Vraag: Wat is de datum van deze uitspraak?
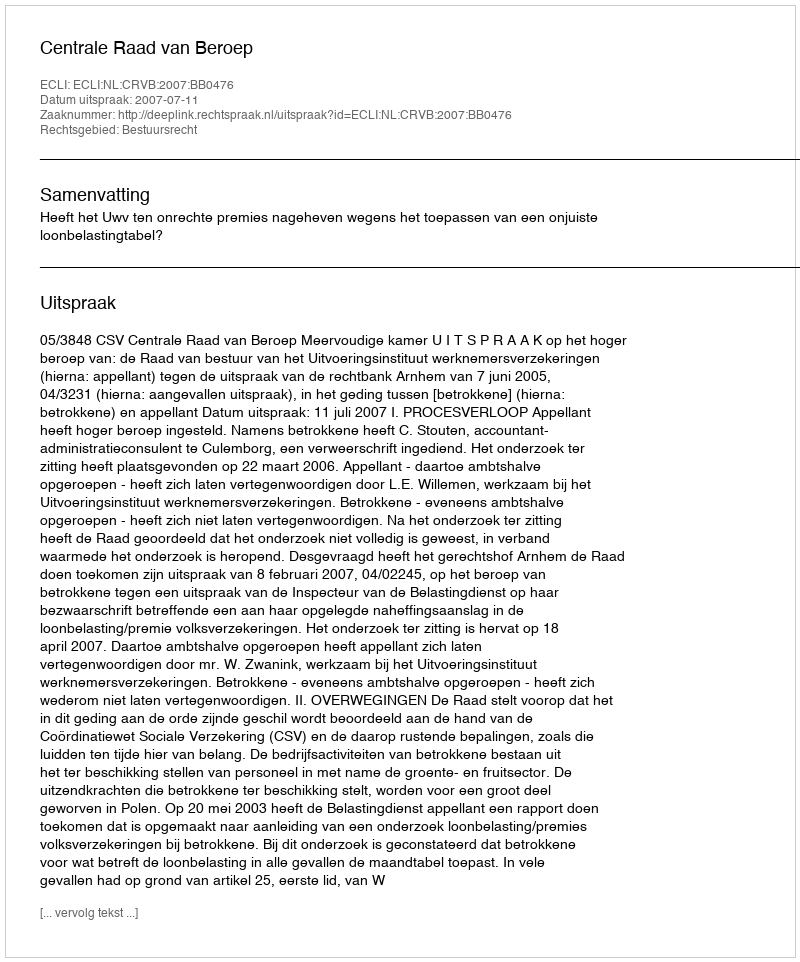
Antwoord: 2007-07-11